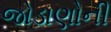
જોડાણોની